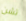
تشن